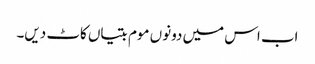
اب اس میں دونوں موم بتیاں کاٹ دیں۔